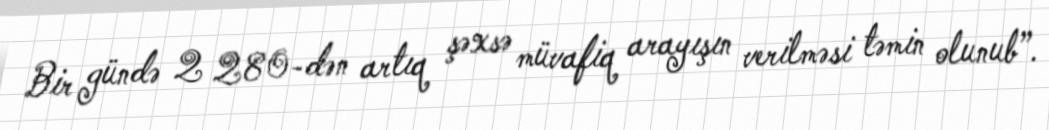
Bir gündə 2 280-dən artıq şəxsə müvafiq arayışın verilməsi təmin olunub”.